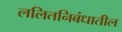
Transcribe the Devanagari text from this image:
ललितनिबंधातील